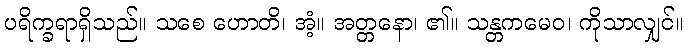
ပရိက္ခရာရှိသည်။ သစေ ဟောတိ၊ အံ့။ အတ္တနော၊ ၏။ သန္တကမေဝ၊ ကိုသာလျှင်။